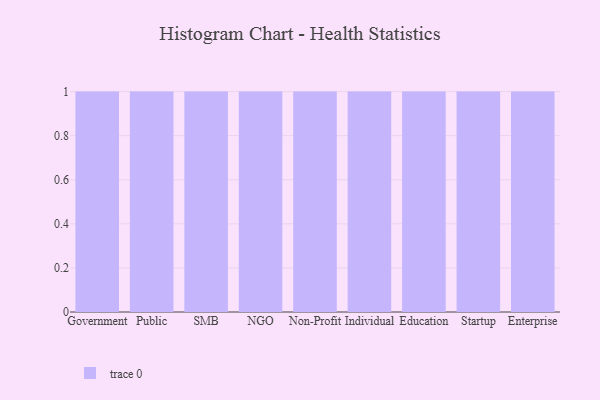
{"axis": {"x": "Segment", "y": "Production Output"}, "legend": [""], "data": [{"x": "Government", "y": 29, "type": ""}, {"x": "Public", "y": 56, "type": ""}, {"x": "SMB", "y": 73, "type": ""}, {"x": "NGO", "y": 33, "type": ""}, {"x": "Non-Profit", "y": 15, "type": ""}, {"x": "Individual", "y": 3, "type": ""}, {"x": "Education", "y": 76, "type": ""}, {"x": "Startup", "y": 18, "type": ""}, {"x": "Enterprise", "y": 81, "type": ""}]}